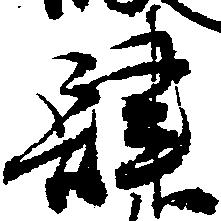
肆